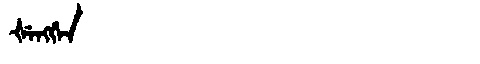
Manchu: ᡧᡝᠩᡤᡝᠨ
Romanization: ŠENGGEN